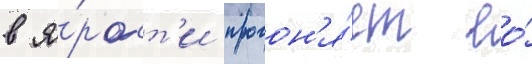
в я́рост'и прогон'я́ет ео́